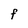
Character: F